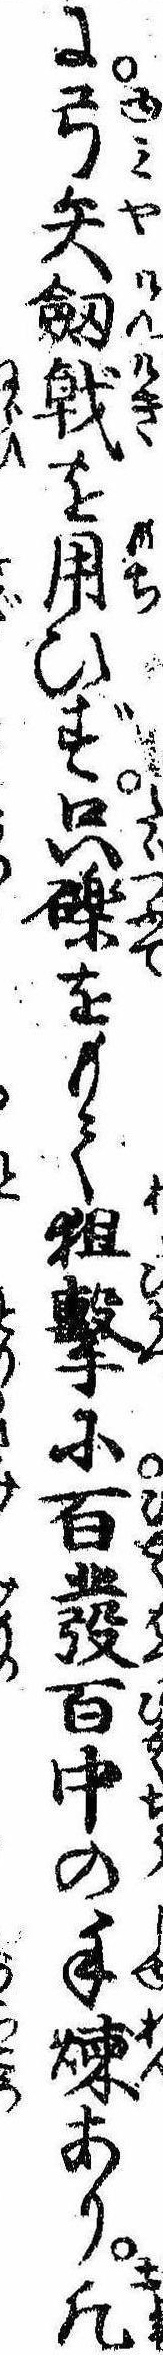
に弓矢剣戟を用ひず只礫をもて狙撃に百発百中の手煉あり凡